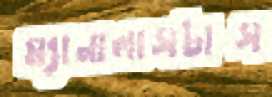
ম্যানালাসটাস